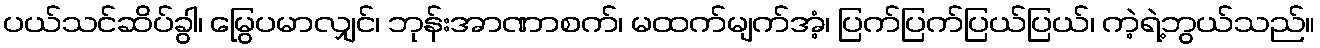
ပယ်သင်ဆိပ်ခွါ၊ မြွေပမာလျှင်၊ ဘုန်းအာဏာစက်၊ မထက်မျက်အံ့၊ ပြက်ပြက်ပြယ်ပြယ်၊ ကဲ့ရဲ့ဘွယ်သည်။